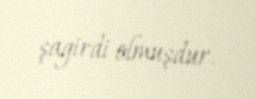
şagirdi olmuşdur.